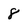
Character: 8